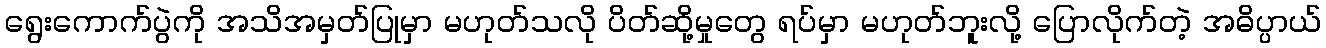
ရွေးကောက်ပွဲကို အသိအမှတ်ပြုမှာ မဟုတ်သလို ပိတ်ဆို့မှုတွေ ရပ်မှာ မဟုတ်ဘူးလို့ ပြောလိုက်တဲ့ အဓိပ္ပာယ်